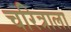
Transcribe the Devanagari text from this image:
चरित्राला